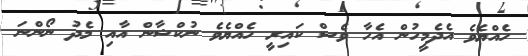
ހެއްޔެވެ އެދެމީހުން އެހާ ވެސް ކައިރީ ހެއްޔެވެ ނުކްޝާން އާއި މެދު ނޯންނަ